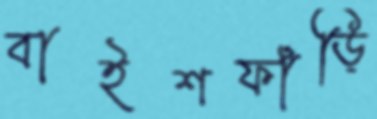
বাইশফাঁড়ি